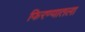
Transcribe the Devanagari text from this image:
फिरण्यातला